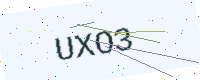
Text: UXO3